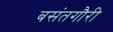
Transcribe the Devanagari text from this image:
बसंतगौरी